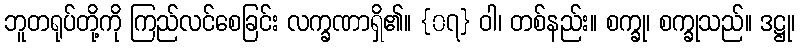
ဘူတရုပ်တို့ကို ကြည်လင်စေခြင်း လက္ခဏာရှိ၏။ {၀၇} ဝါ၊ တစ်နည်း။ စက္ခု၊ စက္ခုသည်။ ဒဋ္ဌု၊